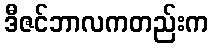
ဒီဇင်ဘာလကတည်းက